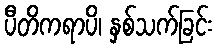
ပီတိကရာပိ၊ နှစ်သက်ခြင်း